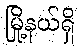
မြို့နယ်ရှိ